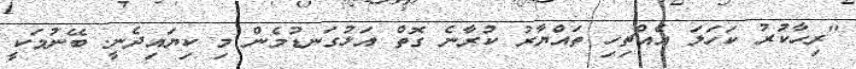
"ރިހާކުރު ކަހަލަ އެއްޗިހި ތައްޔާރު ކުރާނެ ގޮތް އަޅުގަނޑުމެން މި ކިޔައިދެނީ. ބޭނުމަކީ